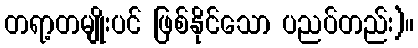
တရာ့တမျိုးပင် ဖြစ်နိုင်သော ပညပ်တည်း)။